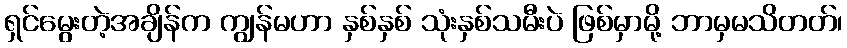
ရှင်မွေးတဲ့အချိန်က ကျွန်မဟာ နှစ်နှစ် သုံးနှစ်သမီးပဲ ဖြစ်မှာမို့ ဘာမှမသိတတ်၊